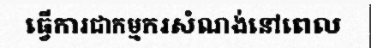
ធ្វើការជាកម្មករសំណង់នៅពេល